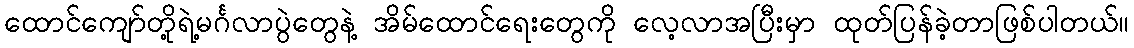
ထောင်ကျော်တို့ရဲ့မင်္ဂလာပွဲတွေနဲ့ အိမ်ထောင်ရေးတွေကို လေ့လာအပြီးမှာ ထုတ်ပြန်ခဲ့တာဖြစ်ပါတယ်။